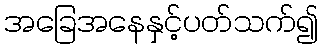
အခြေအနေနှင့်ပတ်သက်၍